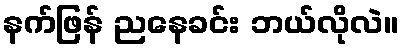
နက်ဖြန် ညနေခင်း ဘယ်လိုလဲ။